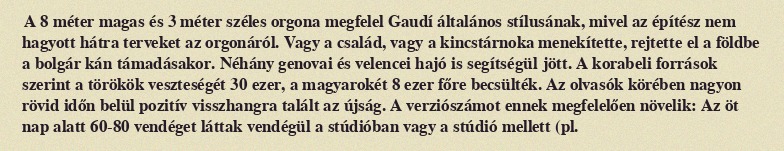
A 8 méter magas és 3 méter széles orgona megfelel Gaudí általános stílusának, mivel az építész nem hagyott hátra terveket az orgonáról. Vagy a család, vagy a kincstárnoka menekítette, rejtette el a földbe a bolgár kán támadásakor. Néhány genovai és velencei hajó is segítségül jött. A korabeli források szerint a törökök veszteségét 30 ezer, a magyarokét 8 ezer főre becsülték. Az olvasók körében nagyon rövid időn belül pozitív visszhangra talált az újság. A verziószámot ennek megfelelően növelik: Az öt nap alatt 60-80 vendéget láttak vendégül a stúdióban vagy a stúdió mellett (pl.